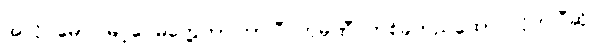
အလို မောင်မြင့်ဝေမတွေ့တာကြာပြီ ကုမ္ပဏီ တစ်ခုတည်ထောင်လိုက်ပြီဆို။